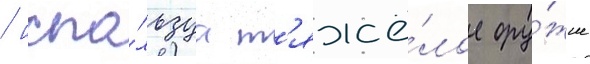
/ испо́льзуа т'яжё́лое ору́жие